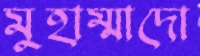
মুহাম্মাদো